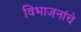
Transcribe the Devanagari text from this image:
विभाजनांचे